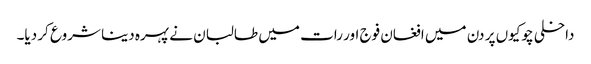
داخلی چوکیوں پر دن میں افغان فوج اور رات میں طالبان نے پہرہ دینا شروع کر دیا۔